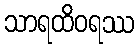
သာရထိဝရဿ